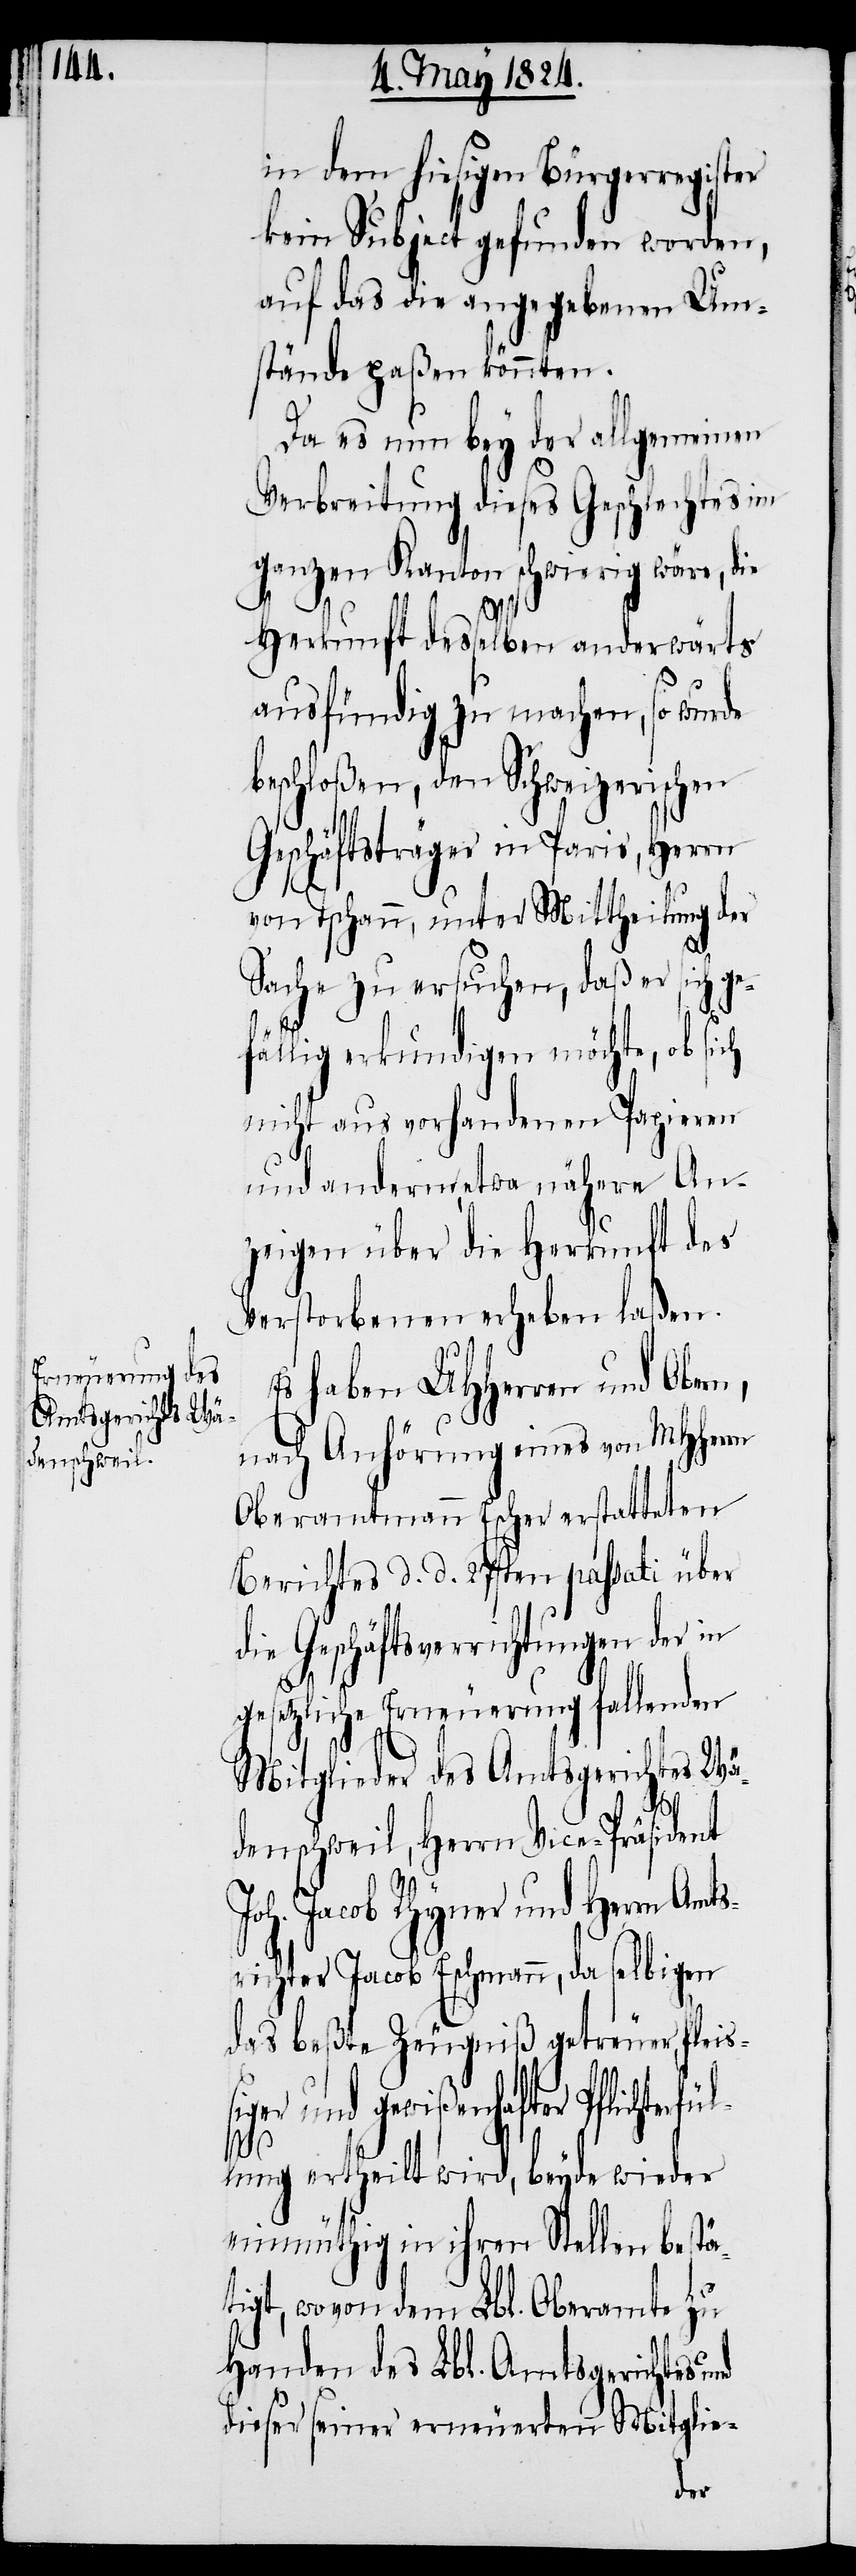
in dem hiesigen Bürgerregister
kein Subject gefunden worden,
auf das die angegebenen Um¬
stände paßen könnten.
Da es nun bey der allgemeinen
Verbreitung dieses Geschlechtes im
ganzen Kanton schwierig wäre,
Herkunft desselben anderwärts
ausfündig zu machen, so wurde
beschloßen, den Schweizerischen
Geschäftsträger in Paris, Herrn
von Tschann, unter Mittheilung der
Sache zu ersuchen, daß er sich ge¬
fällig erkundigen möchte, ob si¬
nicht aus vorhandenen Papieren
und anderm, etwa nähere An¬
zeigen über die Herkunft des
Verstorbenen erheben laßen.
Es haben UHHerren und Obern,
nach Anhörung eines von MHHerrn
Oberamtmann Escher erstatteten
Berichtes d. d. 27sten passati über
die Geschäftsverrichtungen der in
ül¬
gesetzliche Erneuerung fallenden
Mitglieder des Amtsgerichtes Wä¬
denschweil, Herrn Vice-Präsident
Joh. Jacob Eschmann, da selbigen
das beßte Zeugniß getreuer, fleiß¬
iger und gewißenhafter Pflichterf¬
lung ertheilt wird, beyde wieder
einmüthig in ihren Stellen bestät¬
igt, wovon dem Lbl. Oberamte zu
Handen des Lbl. Amtsgerichtes und
dieser seiner erneuerten Mitglie-